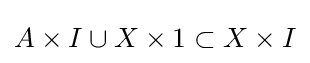
A\times I\cup X\times {1}\subset X\times I